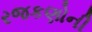
રજકણોની